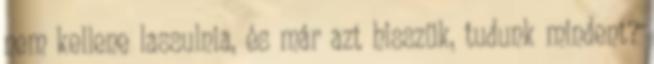
nem kellene lassulnia, és már azt hisszük, tudunk mindent?